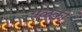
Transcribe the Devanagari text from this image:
गळकी